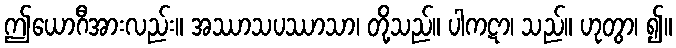
ဤယောဂီအားလည်း။ အဿာသပဿာသာ၊ တို့သည်။ ပါကဋာ၊ သည်။ ဟုတွာ၊ ၍။